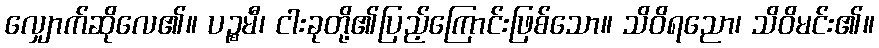
လျှောက်ဆိုလေ၏။ ပဉ္စမီ၊ ငါးခုတို့၏ပြည့်ကြောင်းဖြစ်သော။ သိဝိရညော၊ သိဝိမင်း၏။